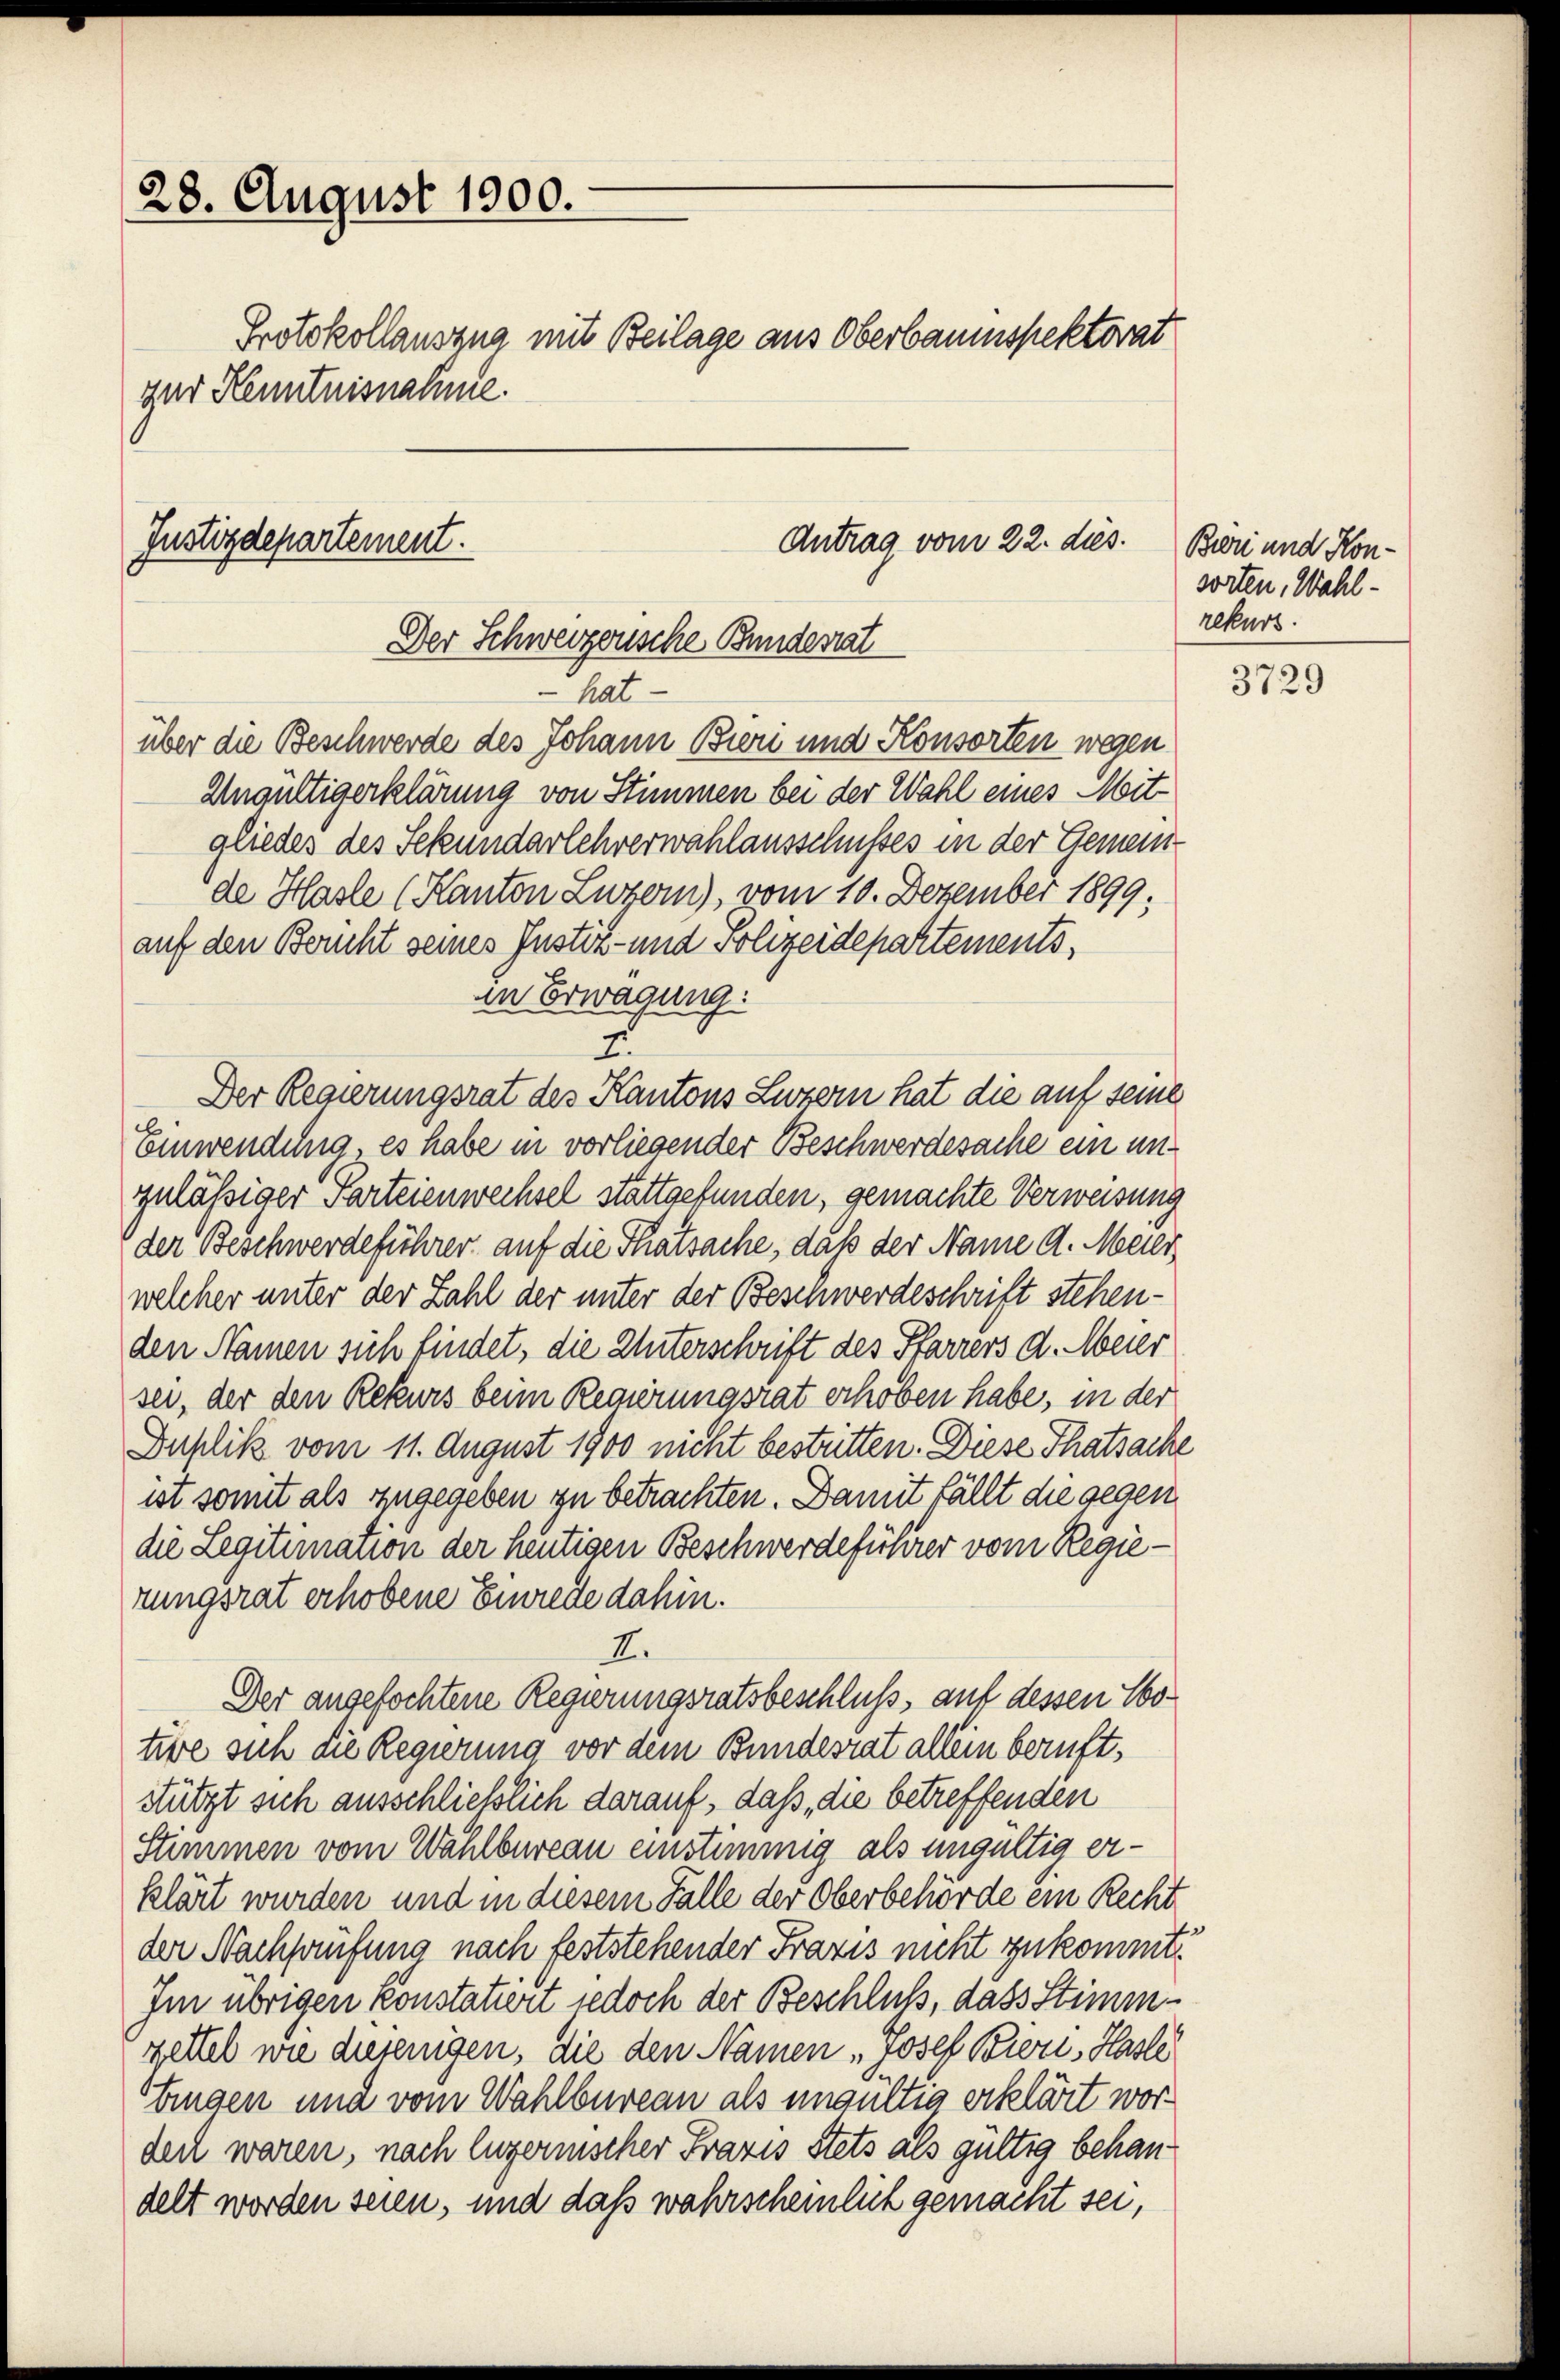
28. August 1900.
Protokollauszug mit Beilage aus Oberbauinspektorat
zur Kenntnisnahme.

Justizdepartement.
Antrag vom 22. dies.
Der Schweizensche Bundesrat

hat-
über die Beschwerde des Johann Bieri und Konsorten wegen
Ungültigerklärung von Stimmen bei der Wahl eines Mitgliedes des Sekundarlehrerwahlausschusses in der Gemein-
de Hasle (Kanton Luzern), vom 10. Dezember 1899;
auf den Bericht seines Justiz- und Polizeidepartements,
in Erwägung:
E.
Der Regierungsrat des Kantons Luzern hat die auf seine
b
einwendung, es habe in vorliegender Beschwerdesache ein unzuläßiger Parteienwechsel stattgefunden, gemachte Verweisung
der Beschwerdeführer auf die Thatsache, daß der Name A. Meier
welcher unter der Zahl der unter der Beschwerdeschrift stehenden Namen sich findet, die Unterschrift des Pfarrers d. Meier
sei, der den Rekurs beim Regierungsrat erhoben habe, in der
Duplik vom 11. August 1900 nicht bestritten. Diese Thatsache
ist somit als zugegeben zu betrachten. Damit fällt die gegen
die Legitimation der heutigen Beschwerdeführer vom Regierungsrat erhobene Einrede dahin.
I.
Der angefochtene Regierungsratsbeschluß, auf dessen Notüre sich die Regierung vor dem Bundesrat allein beruft,
stützt sich ausschließlich darauf, daß die betreffenden
Stimmen vom Wahlbureau einstimmig als ungültig erklärt wurden und in diesem Falle der Oberbehörde ein Recht
der Nachprüfung nach feststehender Fraxis nicht zukommt.
Im übrigen Konstatiert jedoch der Beschluß, dass Stimmzettel wie diejenigen, die den Namen „Josef Bieri, Hasle
tingen und vom Wahlbureau als unsultig erklärt worden waren, nach Engernischer Praxis stets als gültig behandelt worden seien, und daß wahrscheinlich gemacht sei,

Buri und Kon-
sorten, Wahl-
rekurs.

3729